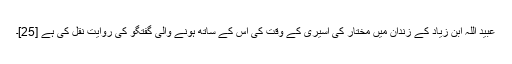
عبید اللہ ابن زیاد کے زندان میں مختار کی اسیری کے وقت کی اس کے ساتھ ہونے والی گفتگو کی روایت نقل کی ہے [25]۔